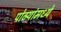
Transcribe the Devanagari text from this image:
पोटर्‍यांमध्ये